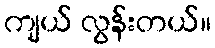
ကျယ် လွန်းတယ်။